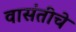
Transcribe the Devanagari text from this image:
वासंतीचे